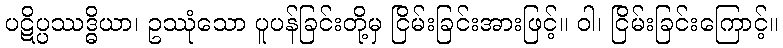
ပဋိပ္ပဿဒ္ဓိယာ၊ ဥဿုံသော ပူပန်ခြင်းတို့မှ ငြိမ်းခြင်းအားဖြင့်။ ဝါ၊ ငြိမ်းခြင်းကြောင့်။